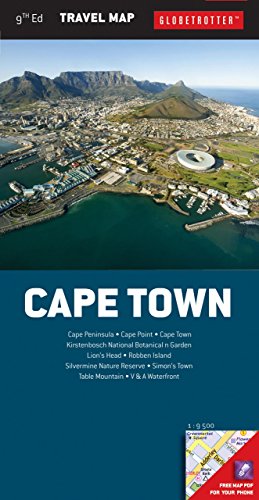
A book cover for Cape Town Travel Map (Globetrotter Travel Map); Globetrotter; Travel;